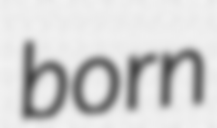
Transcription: born